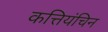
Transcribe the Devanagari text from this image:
कत्तियंचिन